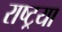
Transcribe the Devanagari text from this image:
राष्ट्रया